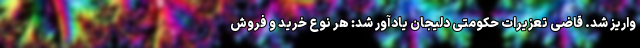
واریز شد. قاضی تعزیرات حکومتی دلیجان یادآور شد: هر نوع خرید و فروش